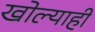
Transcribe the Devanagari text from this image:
खोल्याही